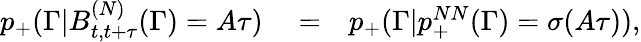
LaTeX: \begin{array}{rlr}{p_{+}(\Gamma|B_{t,t+\tau}^{(N)}(\Gamma)=A\tau)}&{{}=}&{p_{+}(\Gamma|p_{+}^{NN}(\Gamma)=\sigma(A\tau)),}\end{array}